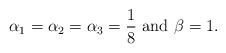
LaTeX: \begin{align*} \alpha_1 = \alpha_2 = \alpha_3 =\frac{1}{8} ~\mathrm{and}~ \beta=1.\end{align*}